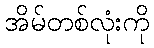
အိမ်တစ်လုံးကို